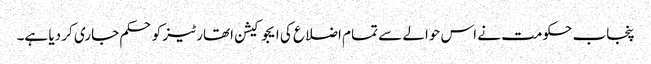
پنجاب حکومت نے اس حوالے سے تمام اضلاع کی ایجوکیشن اتھارٹیز کو حکم جاری کر دیا ہے۔